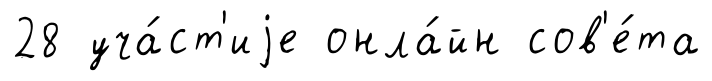
28 уча́ст'иjе онла́йн сов'е́та